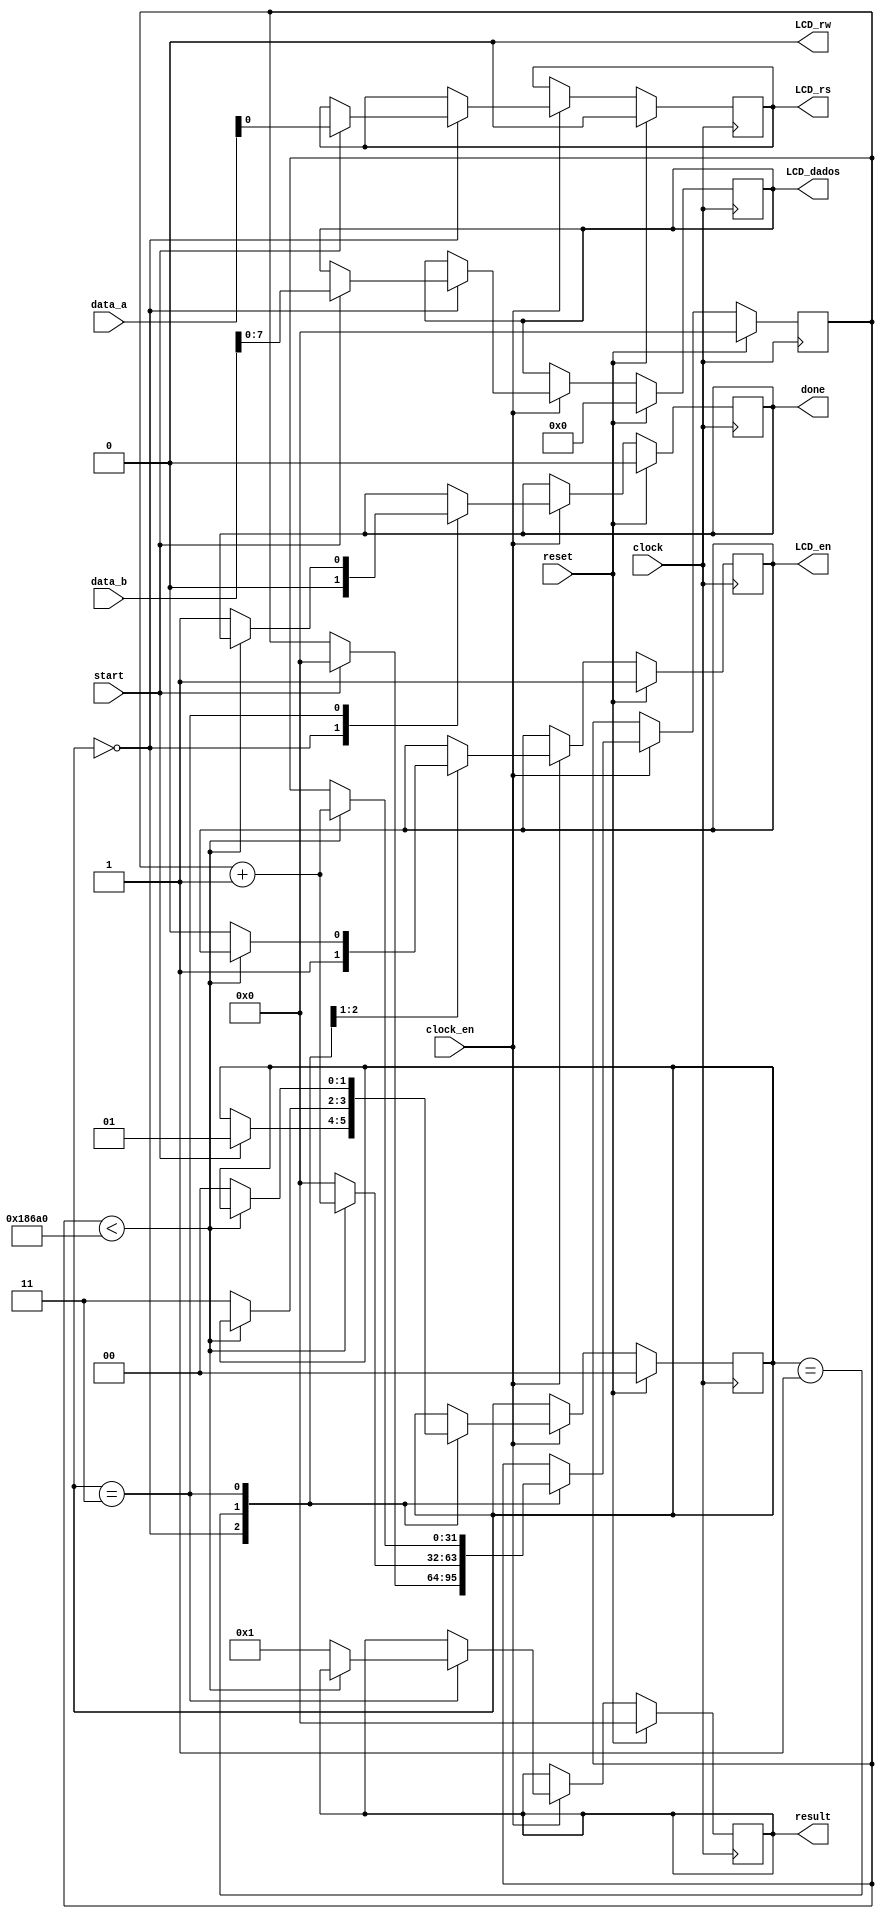
module LCD_Controll(
	data_a, 	//dado da funo que determina se a entrada b  dado ou instruo
	data_b,		//dado de entrada para realizar ao no LCD
	result, 	//retorno do modulo
	clock, 		//entrada de clock
	clock_en, //Habilitando o clock para funo
	start,		//Usado para dar inicio ao modulo
	reset,		//entrada para reiniciar o ciclo
	done,			//sada usada como flag pro assembly continuar
	LCD_rs,		//pino do rs do LCD, usado para definir se  instruo ou dado
	LCD_rw,		//pino de rw do LCD, usado para definir se  leitura ou escrita
	LCD_en,		//pino de en do LCD, usado para acionar o LCD para fazer algo de acordo com os pino acima
	LCD_dados //Pinos de dados do LCD, usado para passar informaes ao LCD
);
	//Setando as entradas do sistema
	input [31:0] data_a;
	input [31:0] data_b;
	input clock;
	input clock_en;
	input start;
	input reset;

	//Setando as sadas
	output reg [31:0] result;
	output LCD_rw;
	output reg [7:0] LCD_dados;
	output reg done;
	output reg LCD_rs;
	output reg LCD_en;

	//Registradores internos usados pela maquina de estado e contador
	reg [1:0] state;
	reg [31:0] counter;

	//Informando que o pino de sada ser sempre 0
	assign LCD_rw = 1'b0;

	//Setando constantes
	localparam Midle = 2'b00;
	localparam Busy = 2'b01;
	localparam End = 2'b11;

	//sempre que houver uma subida de clock  executado
	always @ (posedge clock)
	begin
		if (reset) //Se a entrada reset estiver em 1, limpa-se os dados abaixo
			begin
				state <= Midle; //Volta pro estado de inicio
				counter <= 16'd0;
				result <= 32'd0;
				LCD_dados <= 8'b0;
				done <= 1'b0;
				LCD_rs <= 1'b0;
				LCD_en <= 1'b1;
			end
		else //Se no tiver reset (reset = 0)
			begin
				if (clock_en) //Se o uso do clock estiver habilitado
					begin
						case (state) //verifica o estado atual
							Midle: //aq ele ir escrever o dado no LCD
								begin
									done <= 1'b0;
									LCD_en <= 1'b1; //seta o enable do LCD para 0 e quando voltar a ser 1 ele escreve algo

									if (start) //Se for solicitado o inico do modulo
										begin
											state <= Busy;
											counter <= 16'd0;
											LCD_rs <= data_a[0]; //Define se  dado ou instruo
											LCD_dados <= data_b[7:0]; //escreve oq estiver no dado
										end
								end
							Busy: //Mantem o modulo em estado de espera durante 10ms
								begin
									if (counter < 32'd100000)
										begin
											counter <= counter + 32'd1;
										end
									else
										begin
											state <= End; //vai pro estado final da maquina
											counter <= 32'd0;
											LCD_en <= 1'b0; //pe o enable do LCD para 0, executando alguma ao (seja instruo ou escrita)
										end
								end
							End: //Estado final, espera alguns mili segundos e volta pro estado inicial
								begin
									if (counter < 32'd100000)
										begin
											counter <= counter + 32'd1;
										end
									else
										begin
											state <= Midle;
											done <= 1'b1; //seta o valor de done para 1, mostrando q a maquina acabou a execuo
											result <= 32'd1; //Envia como resultado o valor 1
										end
								end
						endcase
					end
			end
	end

endmodule